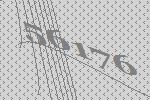
56176